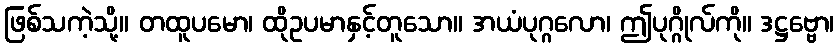
ဖြစ်သကဲ့သို့။ တထူပမော၊ ထိုဥပမာနှင့်တူသော။ အယံပုဂ္ဂလော၊ ဤပုဂ္ဂိုလ်ကို။ ဒဋ္ဌဗ္ဗော၊